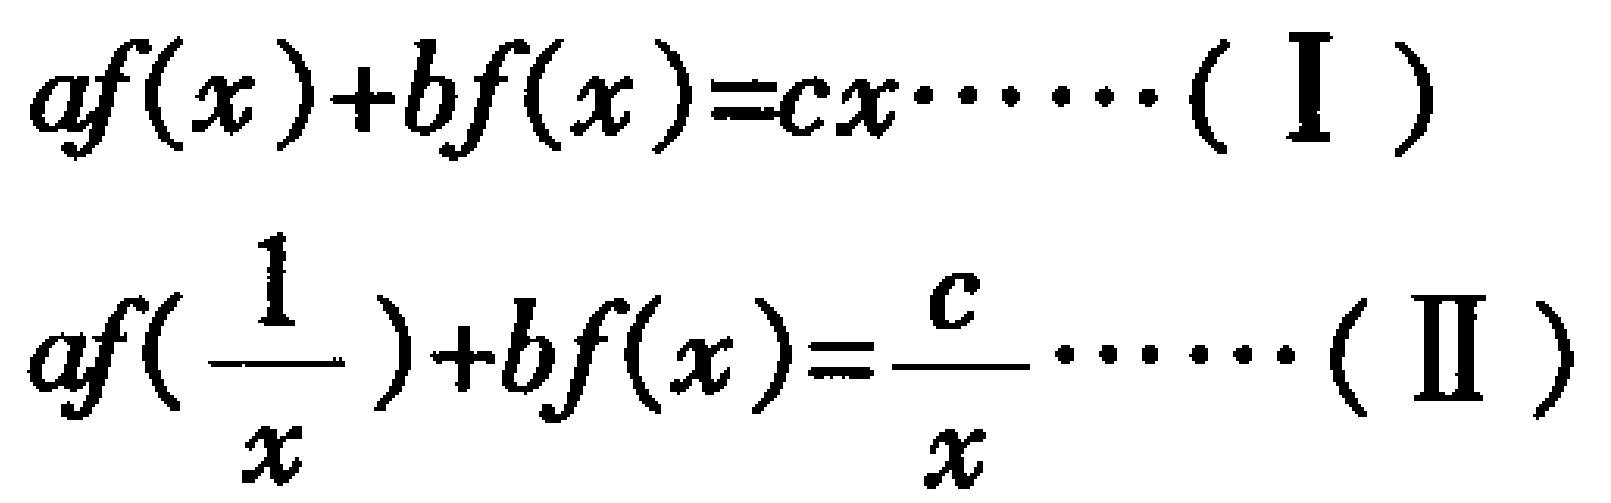
\[
\begin{align*}
af(x)+bf(x)&=cx\cdots\cdots(\text{I})\\
af(\frac{1}{x})+bf(x)&=\frac{c}{x}\cdots\cdots(\text{II})
\end{align*}
\]